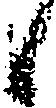
候